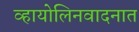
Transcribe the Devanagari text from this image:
व्हायोलिनवादनात